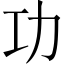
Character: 功